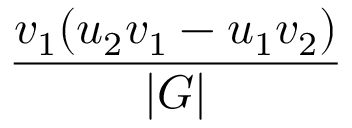
\frac { v _ { 1 } ( u _ { 2 } v _ { 1 } - u _ { 1 } v _ { 2 } ) } { | G | }